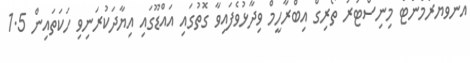
އެންވަޔަރުމެންޓް މިނިސްޓަރު ތޯރިގް އިބްރާހީމް ވިދާޅުވެފައިވާ ގޮތުގައި އައްޑޫގައި އިޔާދަކުރަނިވި ހަކަތައިން 1.5